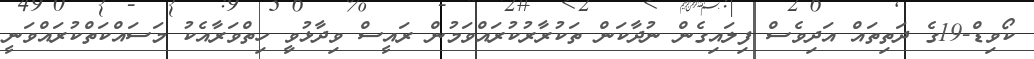
ކޯވިޑް-19ގެ ދަތިތައް އަދިވެސް ފިލައިގެން ނުދާކަން ތަކުރާރުކުރައްވަމުން ރައީސް ވިދާޅުވިީ ހިތްވަރާއެކު މަސައްކަތްކުރައްވަނީ